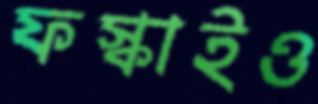
ফস্‌কাইও